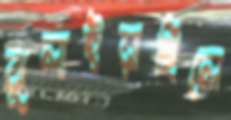
ঝুলাইয়াছিলে